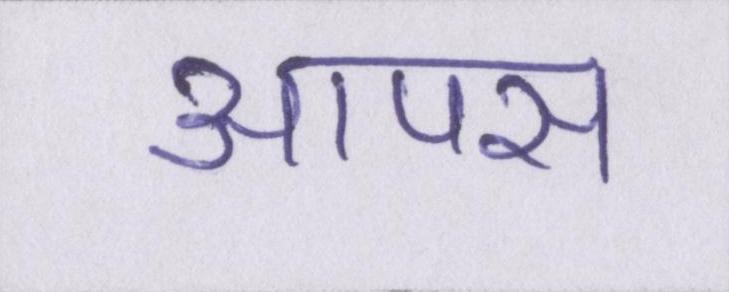
आपस